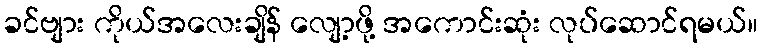
ခင်ဗျား ကိုယ်အလေးချိန် လျော့ဖို့ အကောင်းဆုံး လုပ်ဆောင်ရမယ်။